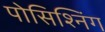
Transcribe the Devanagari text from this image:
पोसिश्निंग